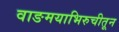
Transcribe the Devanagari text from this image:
वाङमयाभिरुचीतून